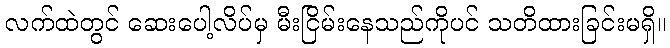
လက်ထဲတွင် ဆေးပေါ့လိပ်မှ မီးငြိမ်းနေသည်ကိုပင် သတိထားခြင်းမရှိ။